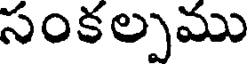
సంకల్పము